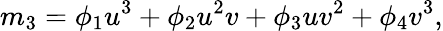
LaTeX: m_{3}=\phi_{1}u^{3}+\phi_{2}u^{2}v+\phi_{3}uv^{2}+\phi_{4}v^{3},